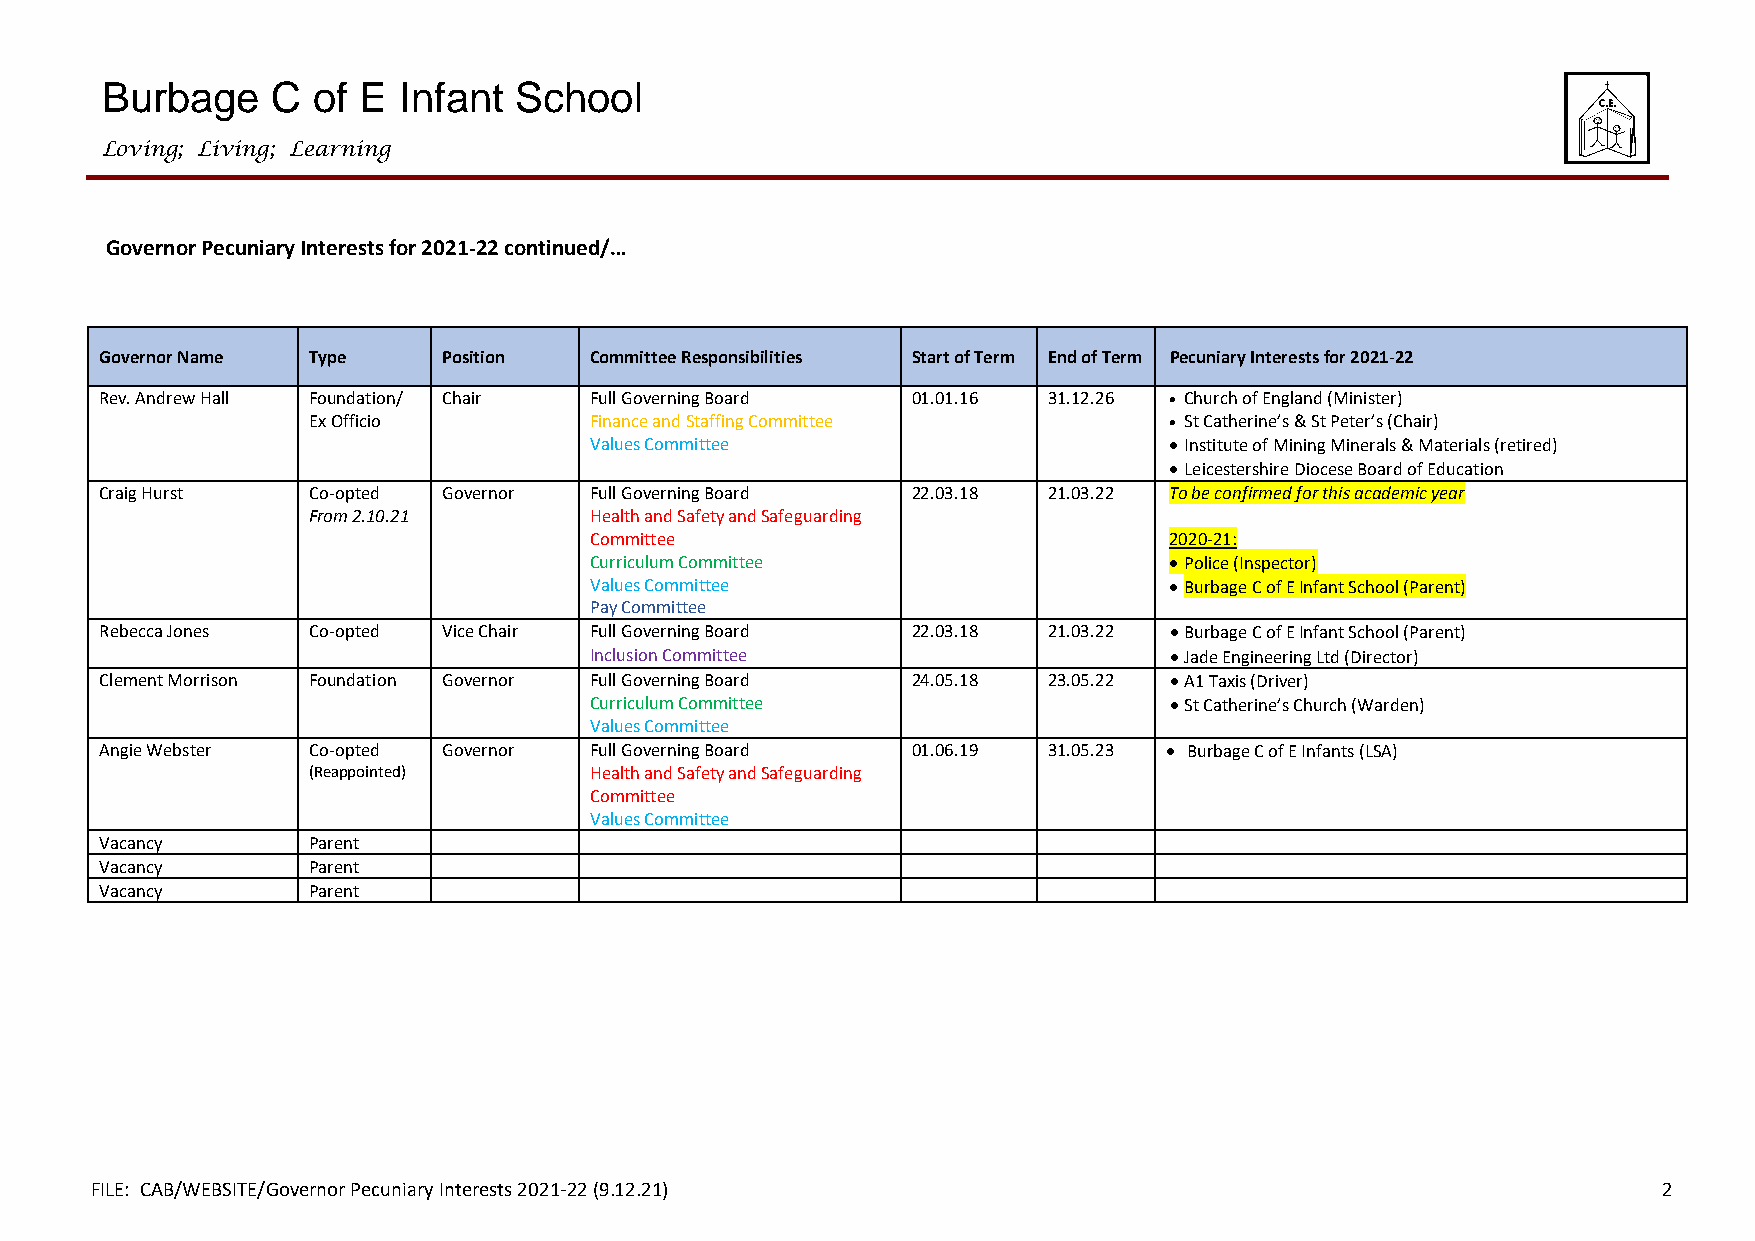
Burbage    C  of E Infant  School
 Loving; Living; Learning
 Governor Pecuniary Interests for 2021-22 continued/…
 Governor Name Type    Position  Committee Responsibilities Start of Term End of Term Pecuniary Interests for 2021-22
 Rev. Andrew Hall Foundation/ Chair Full Governing Board 01.01.16 31.12.26  Church of England (Minister)
 Ex Officio         Finance and Staffing Committee         St Catherine’s & St Peter’s (Chair)
 Values Committee                       Institute of Mining Minerals & Materials (retired)
  Leicestershire Diocese Board of Education
 Craig Hurst  Co-opted Governor  Full Governing Board 22.03.18 21.03.22 To be confirmed for this academic year
 From 2.10.21       Health and Safety and Safeguarding
 Committee                             2020-21:
 Curriculum Committee                   Police (Inspector)
 Values Committee                       Burbage C of E Infant School (Parent)
 Pay Committee
 Rebecca Jones Co-opted Vice Chair Full Governing Board 22.03.18 21.03.22  Burbage C of E Infant School (Parent)
 Inclusion Committee                    Jade Engineering Ltd (Director)
 Clement Morrison Foundation Governor Full Governing Board 24.05.18 23.05.22  A1 Taxis (Driver)
 Curriculum Committee                   St Catherine’s Church (Warden)
 Values Committee
 Angie Webster Co-opted Governor Full Governing Board 01.06.19 31.05.23  Burbage C of E Infants (LSA)
 (Reappointed)      Health and Safety and Safeguarding
 Committee
 Values Committee
 Vacancy      Parent
 Vacancy      Parent
 Vacancy      Parent
 FILE: CAB/WEBSITE/Governor Pecuniary Interests 2021-22 (9.12.21)                                        2